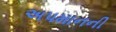
અપમાનની